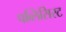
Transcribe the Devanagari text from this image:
पब्लिसिस्ट